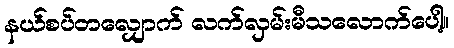
နယ်စပ်တလျှောက် လက်လှမ်းမီသလောက်ပေါ့။